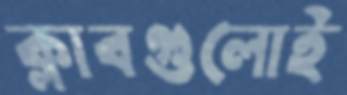
ক্লাবগুলোই